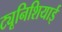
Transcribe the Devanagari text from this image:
ट्यूनिशियाई